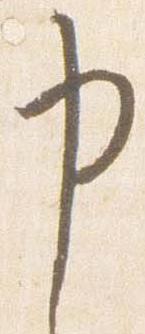
申